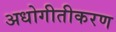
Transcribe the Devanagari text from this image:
अधोगीतीकरण